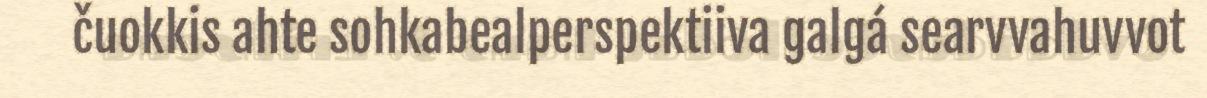
čuokkis ahte sohkabealperspektiiva galgá searvvahuvvot